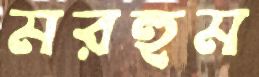
মরহুম